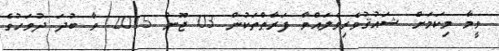
ވީމާ މިކަމަށް ޝައުޤުވެރިވެލައްވާ ފަރާތްތަކުން 03 ޖޫން 2015 ވާ ބުދަ ދުވަހުގެ